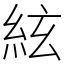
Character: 絃